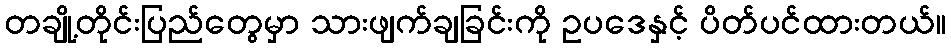
တချို့တိုင်းပြည်တွေမှာ သားဖျက်ချခြင်းကို ဥပဒေနှင့် ပိတ်ပင်ထားတယ်။